画像に写った文字を読んでください
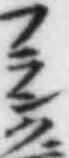
「フランク」と書いてあります